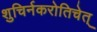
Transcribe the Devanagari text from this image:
शुचिर्नकरोतिचेत्